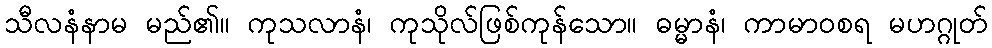
သီလနံနာမ မည်၏။ ကုသလာနံ၊ ကုသိုလ်ဖြစ်ကုန်သော။ ဓမ္မာနံ၊ ကာမာဝစရ မဟဂ္ဂုတ်